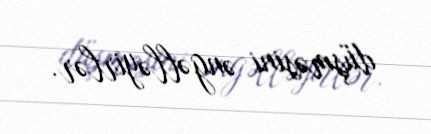
düşməsini əngəlləyirlər.